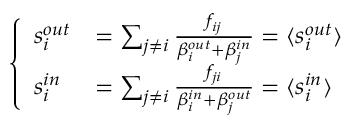
\left\{ \begin{array} { l l } { s _ { i } ^ { o u t } } & { = \sum _ { j \neq i } \frac { f _ { i j } } { \beta _ { i } ^ { o u t } + \beta _ { j } ^ { i n } } = \langle s _ { i } ^ { o u t } \rangle } \\ { s _ { i } ^ { i n } } & { = \sum _ { j \neq i } \frac { f _ { j i } } { \beta _ { i } ^ { i n } + \beta _ { j } ^ { o u t } } = \langle s _ { i } ^ { i n } \rangle } \end{array} \right.